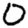
Digit: 0